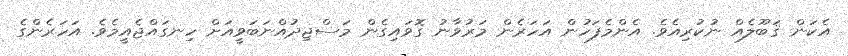
އެކަން ޤަބޫލެއް ނުކުރިއެވެ. އެންމެފަހުން އަހަރެން މަރުވާނު ގޮވައިގެން މަސްޖިދުއްނަބަވީއަށް ހިނގައްޖެއީމެވެ. އަހަރެންގެ